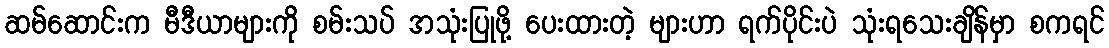
ဆမ်ဆောင်းက မီဒီယာများကို စမ်းသပ် အသုံးပြုဖို့ ပေးထားတဲ့ များဟာ ရက်ပိုင်းပဲ သုံးရသေးချိန်မှာ စကရင်